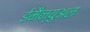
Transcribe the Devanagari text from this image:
ईमैन्युअल